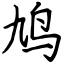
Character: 鸠